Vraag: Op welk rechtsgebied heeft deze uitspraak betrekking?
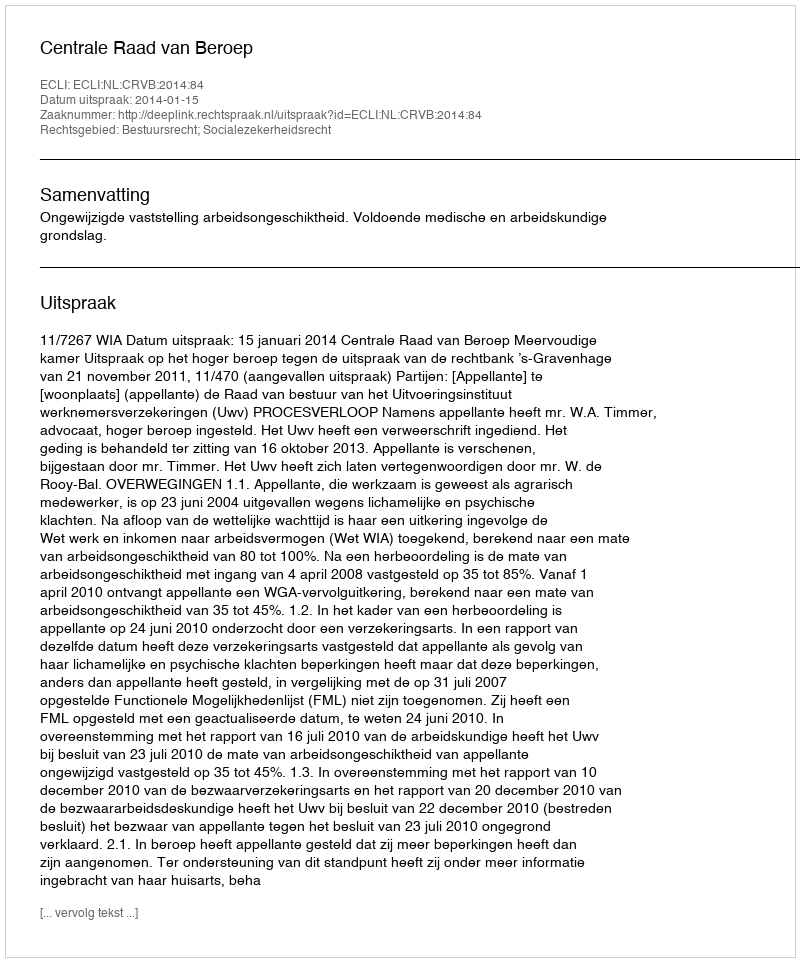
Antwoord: Bestuursrecht; Socialezekerheidsrecht